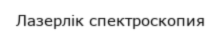
Лазерлік спектроскопия